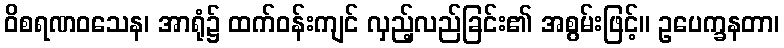
ဝိစရဏဝသေန၊ အာရုံ၌ ထက်ဝန်းကျင် လှည့်လည်ခြင်း၏ အစွမ်းဖြင့်။ ဥပေက္ခနတာ၊